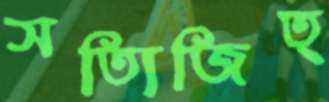
সত্যিজিত্